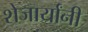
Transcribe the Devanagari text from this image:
शेजार्यांनी